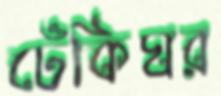
ঢেঁকিঘর